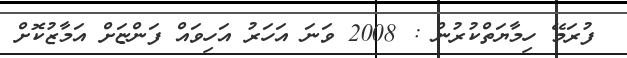
ފުރަމޭ ހިމާޔަތްކުރުން : 2008 ވަނަ އަހަރު އަހިވައް ފަންޏަށް އަމާޒުކޮށް